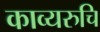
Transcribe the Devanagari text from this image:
काव्यरुचि